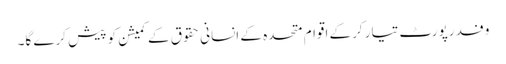
وفد رپورٹ تیار کرکے اقوام متحدہ کے انسانی حقوق کے کمیشن کو پیش کرے گا۔